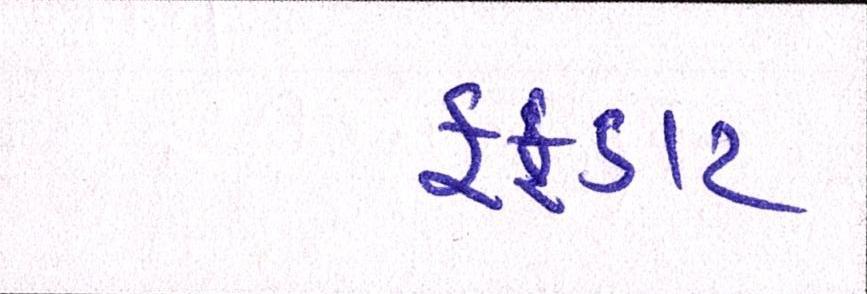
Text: ફફડાટ